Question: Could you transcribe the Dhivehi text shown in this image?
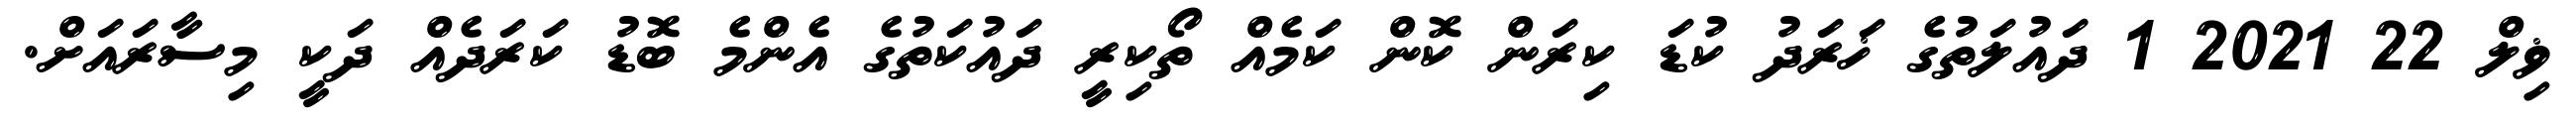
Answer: ޥިލް 22 2021 1 ދައުލަތުގެ ޚަރަދު ކުޑަ ކިރަން ކޮން ކަމެއް ތޯކިރީ ދައުކަތުގެ އެންމެ ބޮޑު ކަރަދެއް ދަކީ މިސާރައަށް.